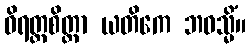
ဝိရတ္တစိတ္တာ ယတိကေ ဘဝသ္မိံ။